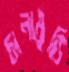
চানামুড়ি